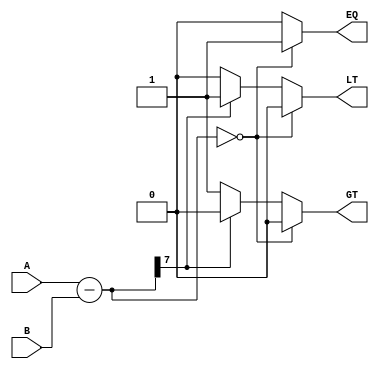
module signed_comparator (
    input signed [7:0] A,
    input signed [7:0] B,
    output reg EQ,
    output reg GT,
    output reg LT
);

// Perform arithmetic subtraction
reg signed [7:0] diff;
always @(A, B) begin
    diff = A - B;
    // Determine the result of the comparison based on the sign bit
    if (diff == 0) begin
        EQ = 1;
        GT = 0;
        LT = 0;
    end else if (diff[7] == 0) begin
        EQ = 0;
        GT = 1;
        LT = 0;
    end else begin
        EQ = 0;
        GT = 0;
        LT = 1;
    end
end

endmodule